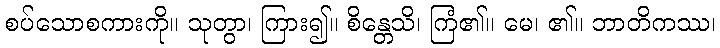
စပ်သောစကားကို။ သုတွာ၊ ကြား၍။ စိန္တေသိ၊ ကြံ၏။ မေ၊ ၏။ ဘာတိကဿ၊